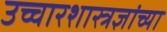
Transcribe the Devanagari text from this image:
उच्चारशास्त्रज्ञांच्या